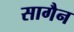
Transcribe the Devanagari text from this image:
सागैन